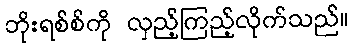
ဘိုးရစ်စ်ကို လှည့်ကြည့်လိုက်သည်။